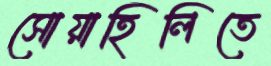
সোয়াহিলিতে